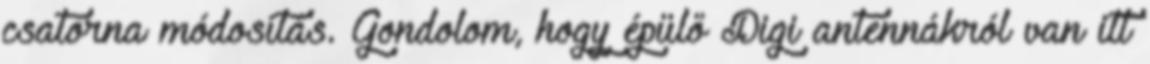
csatorna módosítás. Gondolom, hogy épülő Digi antennákról van itt